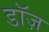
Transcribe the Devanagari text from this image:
डॉज़